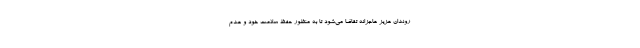
روندان عزیز عاجزانه تقاضا می‌شود تا به منظور حفظ سلامت خود و عدم